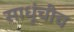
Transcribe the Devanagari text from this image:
साधूंचीच